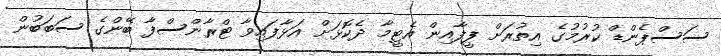
ސަސްޕެންޑް ކުރުމުގެ އިތުރަށް ފީފާއިން އެޓީމާ ދެކޮޅަށް އަޅާފައިވާ ޓްރާންސްފާ ބޭންގެ ސަބަބުން